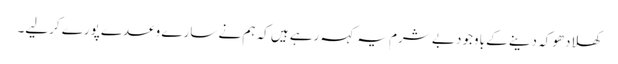
کھلادھوکہ دینے کے باوجود بے شرم یہ کہہ رہے ہیں کہ ہم نے سارے وعدے پورے کرلیے۔